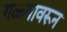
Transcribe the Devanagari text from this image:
गळ्यावरून